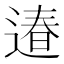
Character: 𨕌